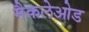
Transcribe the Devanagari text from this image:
मैकलेओड